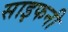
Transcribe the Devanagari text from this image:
साइफनी